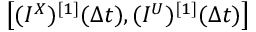
\left[ ( I ^ { X } ) ^ { [ 1 ] } ( \Delta t ) , ( I ^ { U } ) ^ { [ 1 ] } ( \Delta t ) \right]